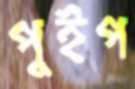
পুইপ